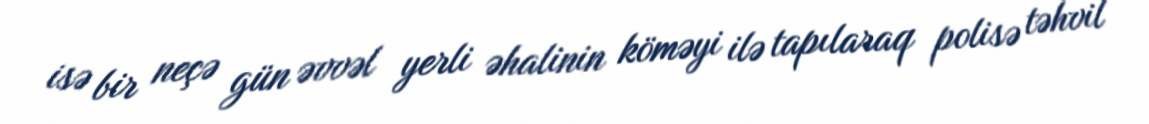
isə bir neçə gün əvvəl yerli əhalinin köməyi ilə tapılaraq polisə təhvil